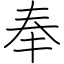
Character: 奉